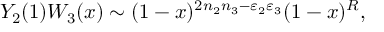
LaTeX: Y _ { 2 } ( 1 ) W _ { 3 } ( x ) \sim ( 1 - x ) ^ { 2 n _ { 2 } n _ { 3 } - \varepsilon _ { 2 } \varepsilon _ { 3 } } ( 1 - x ) ^ { R } ,